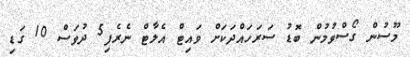
މޫސުން ގޯސްވުމުން ބޮޑު ސަރަހައްދަކަށް ވައިޓް އެލާޓް ނެރެފި5 ދުވަސް 10 ގަޑި